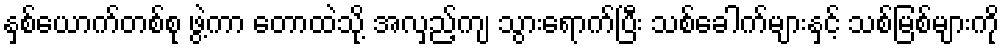
နှစ်ယောက်တစ်စု ဖွဲ့ကာ တောထဲသို့ အလှည့်ကျ သွားရောက်ပြီး သစ်ခေါက်များနှင့် သစ်မြစ်များကို